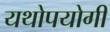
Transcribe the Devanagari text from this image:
यथोपयोगी